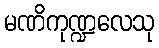
မဏိကုဏ္ဍလေသု